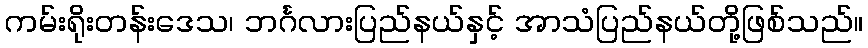
ကမ်းရိုးတန်းဒေသ၊ ဘင်္ဂလားပြည်နယ်နှင့် အာသံပြည်နယ်တို့ဖြစ်သည်။